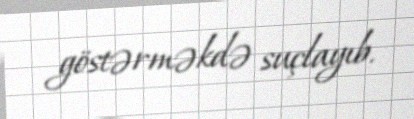
göstərməkdə suçlayıb.